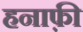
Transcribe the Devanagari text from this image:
हनाफ़ी